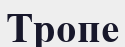
Тропе